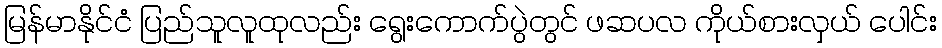
မြန်မာနိုင်ငံ ပြည်သူလူထုလည်း ရွေးကောက်ပွဲတွင် ဖဆပလ ကိုယ်စားလှယ် ပေါင်း